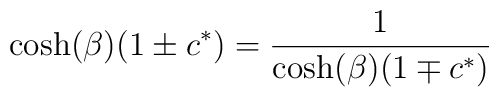
\cosh ( \beta ) ( 1 \pm c^* ) = { 1 \over \cosh (\beta ) ( 1 \mp c^* )}